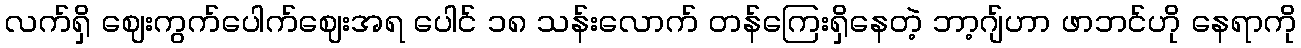
လက်ရှိ ဈေးကွက်ပေါက်ဈေးအရ ပေါင် ၁၈ သန်းလောက် တန်ကြေးရှိနေတဲ့ ဘာ့ဂျ်ဟာ ဖာဘင်ဟို နေရာကို